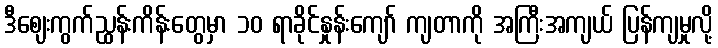
ဒီဈေးကွက်ညွှန်းကိန်းတွေမှာ ၁၀ ရာခိုင်နှုန်းကျော် ကျတာကို အကြီးအကျယ် ပြန်ကျမှုလို့